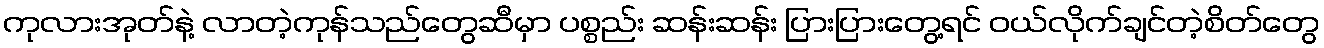
ကုလားအုတ်နဲ့ လာတဲ့ကုန်သည်တွေဆီမှာ ပစ္စည်း ဆန်းဆန်း ပြားပြားတွေ့ရင် ဝယ်လိုက်ချင်တဲ့စိတ်တွေ